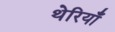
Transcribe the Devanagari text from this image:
थेरियाँ